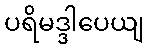
ပရိမဒ္ဒါပေယျ